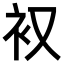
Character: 𮕧